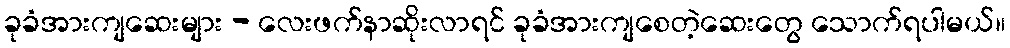
ခုခံအားကျဆေးများ - လေးဖက်နာဆိုးလာရင် ခုခံအားကျစေတဲ့ဆေးတွေ သောက်ရပါမယ်။